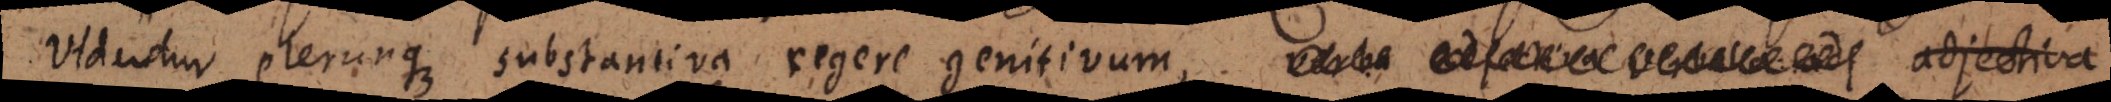
Videntur plerunque substantiva regere genitivum, verba adjectiva